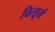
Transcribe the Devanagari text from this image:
चित्सूर्य